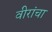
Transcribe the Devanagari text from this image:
वीरांचा